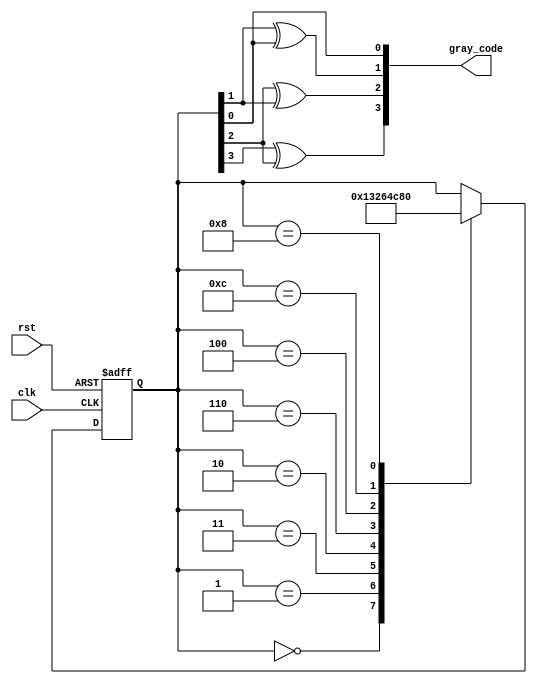
module johnson_gray_counter (
    input clk,
    input rst,
    output reg [3:0] gray_code
);

reg [3:0] state;

always @(posedge clk or posedge rst) begin
    if (rst) begin
        state <= 4'b0000;
    end else begin
        case (state)
            4'b0000: state <= 4'b0001;
            4'b0001: state <= 4'b0011;
            4'b0011: state <= 4'b0010;
            4'b0010: state <= 4'b0110;
            4'b0110: state <= 4'b0100;
            4'b0100: state <= 4'b1100;
            4'b1100: state <= 4'b1000;
            4'b1000: state <= 4'b0000;
        endcase
    end
end

assign gray_code[0] = state[0];
assign gray_code[1] = state[1] ^ state[0];
assign gray_code[2] = state[2] ^ state[1];
assign gray_code[3] = state[3] ^ state[2];

endmodule